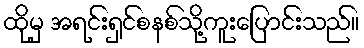
ထိုမှ အရင်းရှင်စနစ်သို့ကူးပြောင်းသည်။